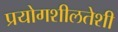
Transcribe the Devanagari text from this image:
प्रयोगशीलतेशी